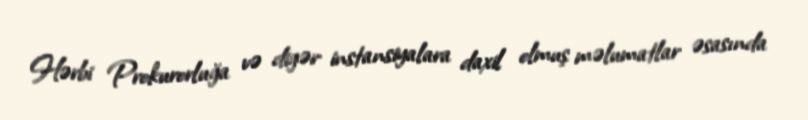
Hərbi Prokurorluğa və digər instansiyalara daxil olmuş məlumatlar əsasında